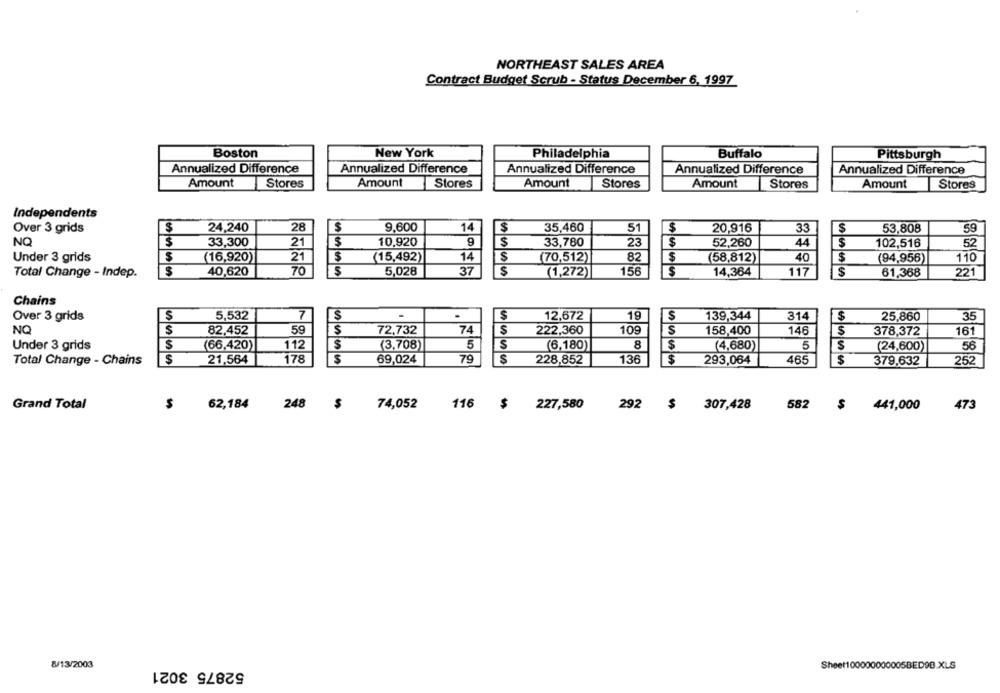
NORTHEAST SALES AREA
Contract Budget Scrub - Status December 6, 1997
Boston
New York
Philadelphia
Buffalo
Pittsburgh
Annualized Difference
Annualized Difference
Annualized Difference
Annualized Difference
Annualized Difference
Amount
Stores
Amount
Stores
Amount
Stores
Amount
Stores
Amount
Stores
Independents
Over 3 grids
$
24,240
28
9.600
14
$
35,460
51
$
20,916
33
53,808
59
$
NQ
$
33,300
21
10.920
9
33,780
23
$
52,260
44
$
102,516
52
$
21
$
(15,492)
14
S
82
40
Under 3 grids
(16,920)
(70,512)
$
(58,812)
$
(94,956)
110
Total Change - Indep.
$
40,620
70
5,028
37
$
(1,272)
156
$
14,364
117
$
61,368
221
Chains
Over 3 grids
$
5,532
7
$
12,672
19
$
139,344
314
$
25,860
35
NO
$
82.452
59
S
72,732
74
$
222,360
109
S
158,400
146
$
378,372
161
Under 3 grids
$
(66,420)
112
$
(3,708)
5
S
(6,180)
8
$
(4,680)
5
S
(24,600)
56
Total Change - Chains
$
21,564
178
$
69,024
79
S
228,852
136
$
293,064
465
$
252
379,632
Grand Total
62,184
248
74,052
116
$
227,580
292
$
307,428
582
441,000
473
8/13/2003
52875 3021
Sheet100000000005BED9D.XLS